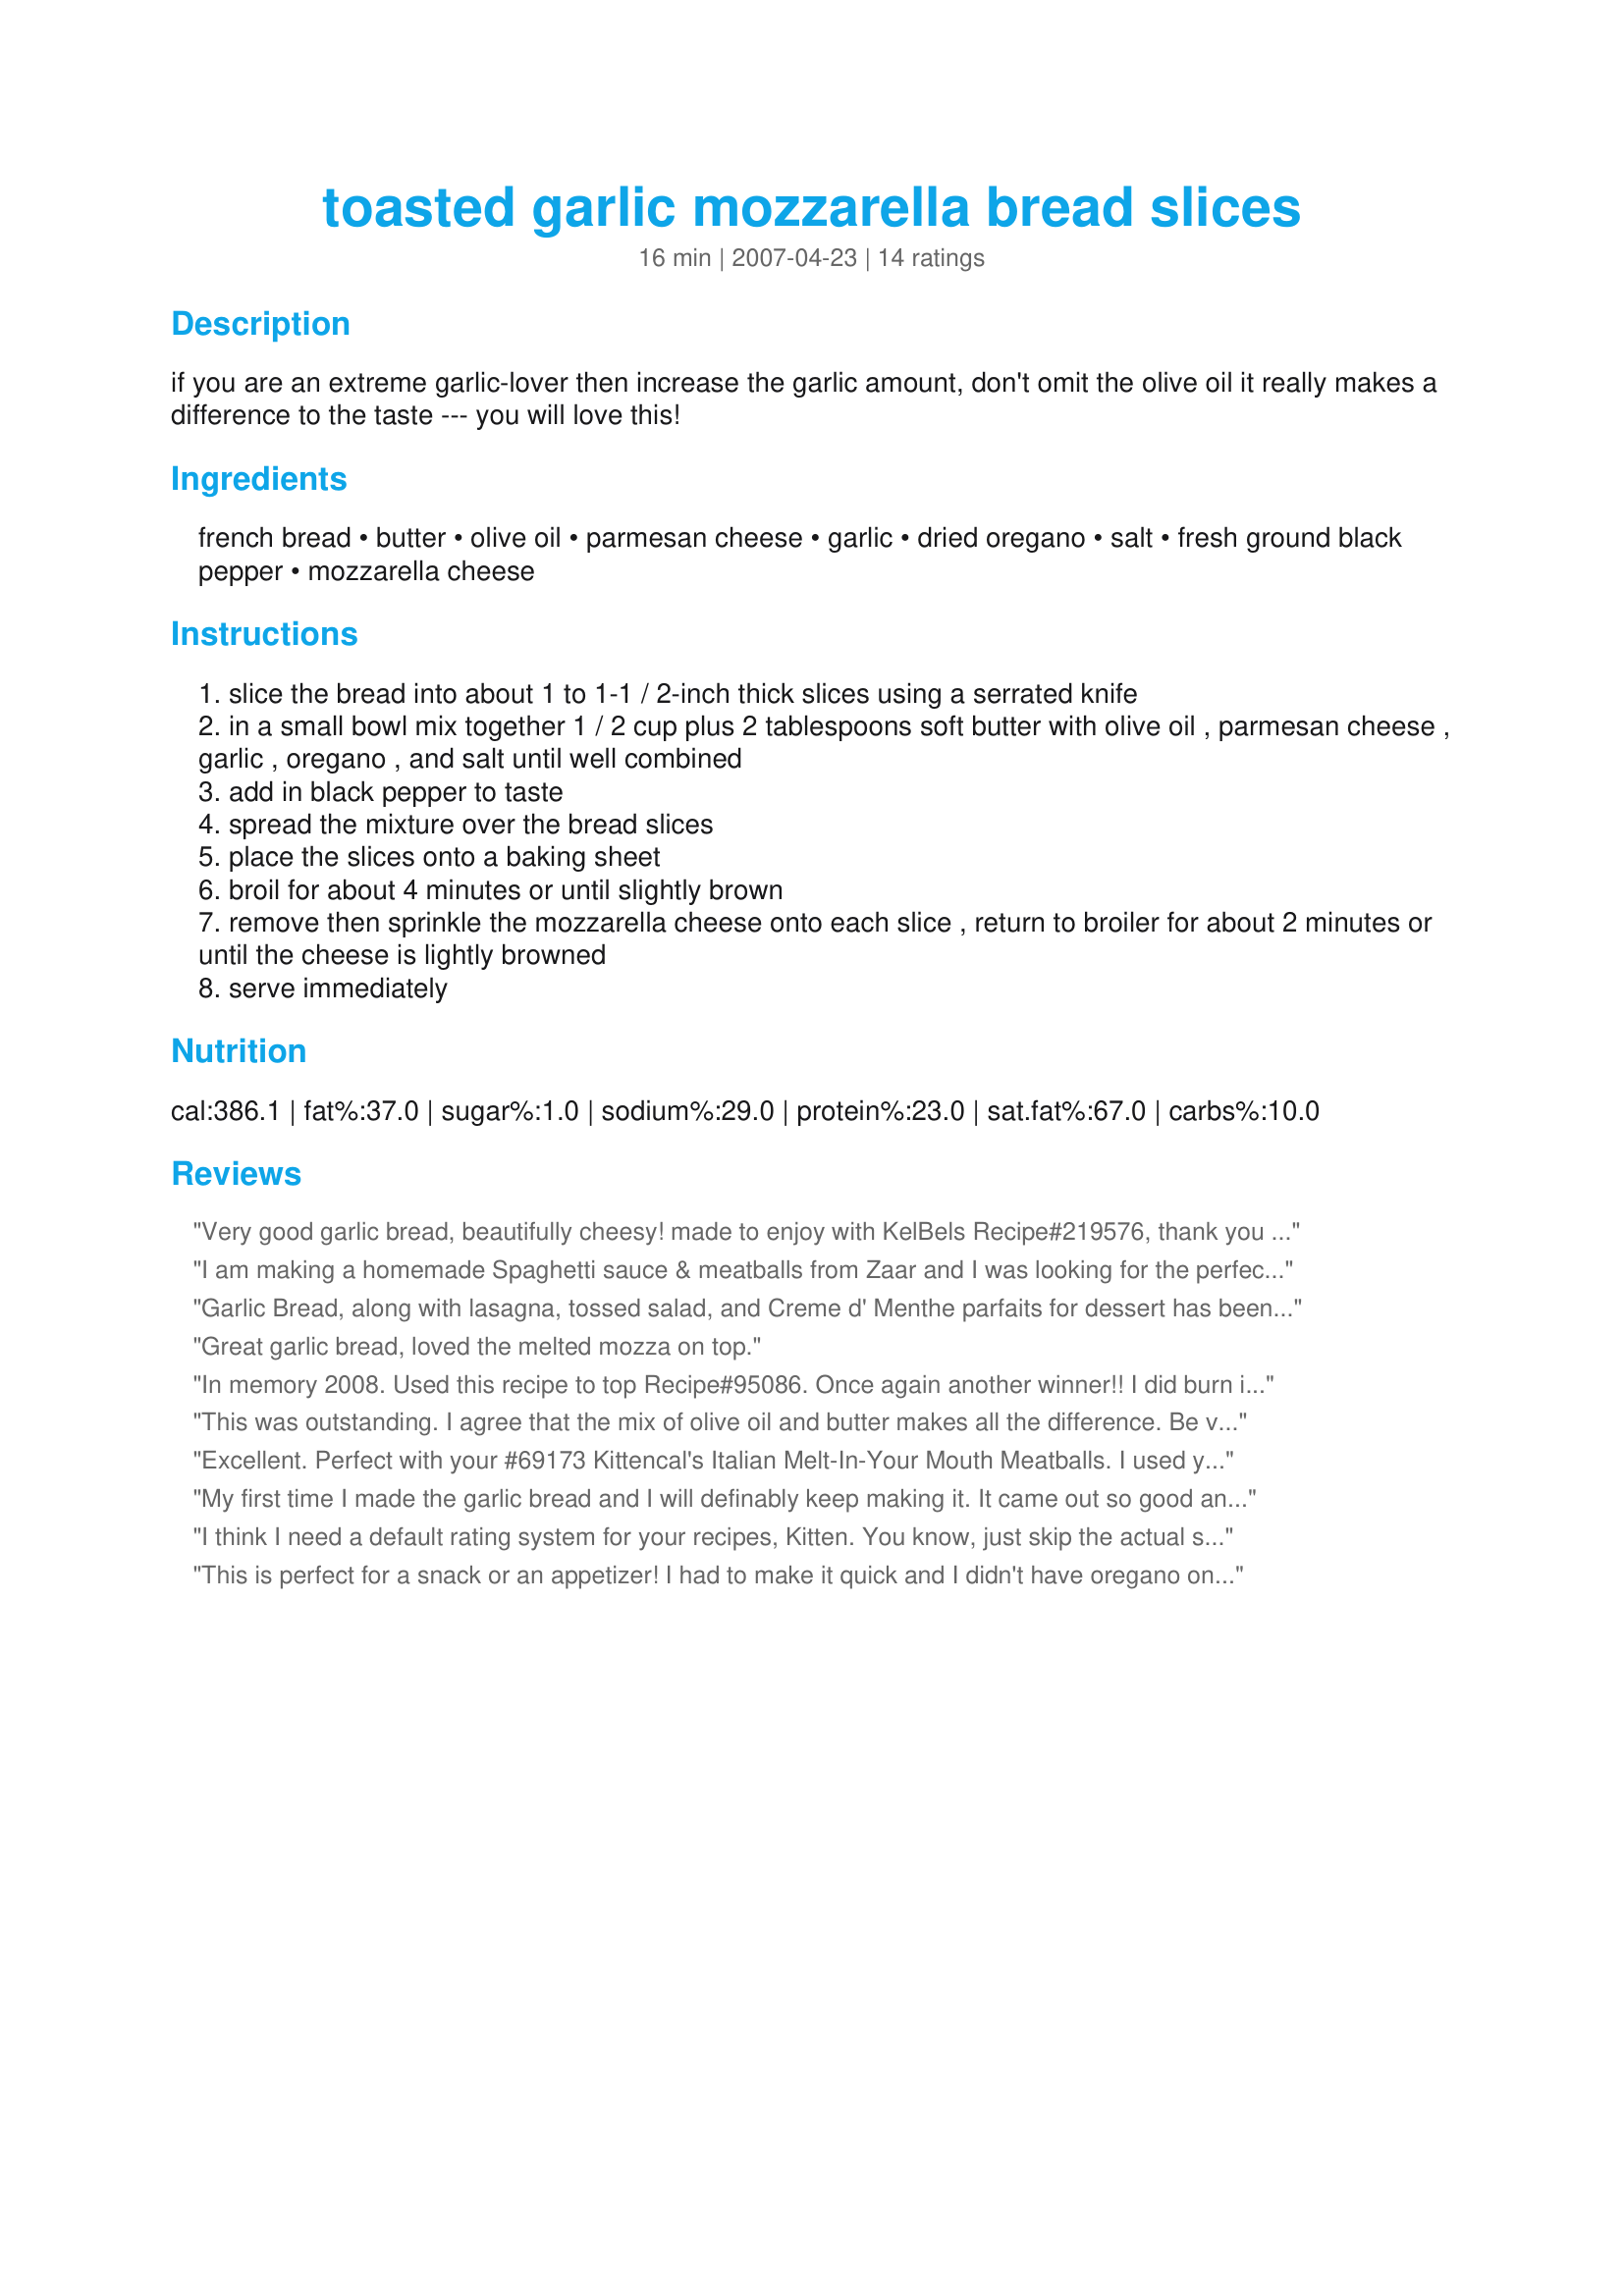
toasted garlic mozzarella bread slices
Preparation time: 16 minutes

if you are an extreme garlic-lover then increase the garlic amount, don't omit the olive oil it really makes a difference to the taste --- you will love this!

Ingredients:
french bread, butter, olive oil, parmesan cheese, garlic, dried oregano, salt, fresh ground black pepper, mozzarella cheese

Steps:
slice the bread into about 1 to 1-1 / 2-inch thick slices using a serrated knife
in a small bowl mix together 1 / 2 cup plus 2 tablespoons soft butter with olive oil , parmesan cheese , garlic , oregano , and salt until well combined
add in black pepper to taste
spread the mixture over the bread slices
place the slices onto a baking sheet
broil for about 4 minutes or until slightly brown
remove then sprinkle the mozzarella cheese onto each slice , return to broiler for about 2 minutes or until the cheese is lightly browned
serve immediately

Reviews:
Very good garlic bread, beautifully cheesy! made to enjoy with KelBels Recipe#219576, thank you for giving us a lovely supper, Kitten!
I am making a homemade Spaghetti sauce & meatballs from Zaar and I was looking for the perfect garlic bread and this fit's the bill. I agree with the last review I could live from your submissions alone and be happy.6.17.07 Update- I made my dinner and everything turned out great! Thanks for the recipes, it was so fun to make everything homemade and watch everyone devour it!!
Garlic Bread, along with lasagna, tossed salad, and Creme d' Menthe parfaits for dessert has been our Christmas Eve traditional dinner for about 30 years. The garlic bread recipe has NEVER changed in all those years so...to try something NEW gave everyone the jitters. But, it's Kittencal's recipe so how can one fail? What a Christmas present!! Wonderful. The aroma of fresh minced garlic, olive oil and Parmesan cheese was a treat all by itself. Thanks, Kittencal, for sharing.
Great garlic bread, loved the melted mozza on top.
In memory 2008. Used this recipe to top Recipe#95086. Once again another winner!! I did burn it a bit and was worried that the garlic might be bitter. Not to worry...it was devoured! thank you once again Kitten!
This was outstanding. I agree that the mix of olive oil and butter makes all the difference. Be very careful to only give it the 2 min after you add the cheese, browns quickly.
Excellent. Perfect with your #69173 Kittencal's Italian Melt-In-Your Mouth Meatballs. I used your French Bread recipe for the the French loaf. You cannot lose with Kitten's recipes!!!!
My first time I made the garlic bread and I will definably keep making it. It came out so good and it's so easy. I've been looking for a good garlic bread recipe and I finally found it.
I think I need a default rating system for your recipes, Kitten. You know, just skip the actual selection of the 5th star since ALL your recipes are 5-stars and have that automatically filled in. In fact, I could probably design the rest of my life around your recipe submissions alone, but I don't want my husband to think I'm not appreciative of his kitchen endeavors. ;) This bread was no exception to the Kitten Rules rule. And not all garlic breads are created equal, as I long ago believed! I did burn the edges a bit (no matter what, that ALWAYS happens), but they were tasty little carcinogenic morsels! I give this bread a 100. It's got a nice beat and it's easy to dance to. (Yes, I watched too much American Bandstand as a kid.) Love ya, girlfriend, and thanks for another winner -- can't wait for your cookbook!
This is perfect for a snack or an appetizer! I had to make it quick and I didn't have oregano on hand but put some basil in. It was very good!
Made this to enjoy with spaghetti and recipe#69173. Made for the KITTENCAL cook-a-thon.
This bread is garlicky, cheesey and wonderful! My kids and hubby loved it. I had run out of mozzarrella cheese and didn't know it and used cheddar instead. It turned out perfect. Thanks, Kitten!
Very good garlic bread! Will definitely make again!
OMG delicious!!! I&#039;ve made it 3 days in a row and don&#039;t plan on stopping lol sooo gooood.
